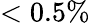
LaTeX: <0.5\%